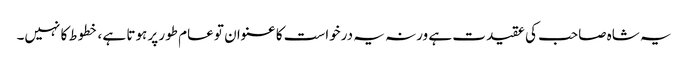
یہ شاہ صاحب کی عقیدت ہے ورنہ یہ درخواست کا عنوان تو عام طور پر ہوتا ہے ، خطوط کا نہیں۔